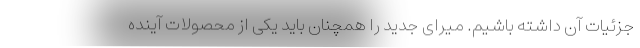
جزئیات آن داشته باشیم. میرای جدید را همچنان باید یکی از محصولات آینده